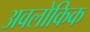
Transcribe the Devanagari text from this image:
अवलोकिक